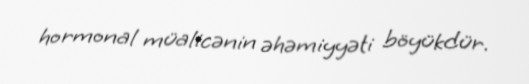
hormonal müalicənin əhəmiyyəti böyükdür.